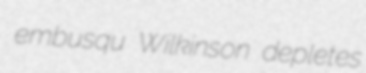
embusqu Wilkinson depletes